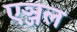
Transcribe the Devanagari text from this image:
एञ्जल